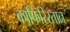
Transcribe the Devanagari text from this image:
काफिरिस्तान